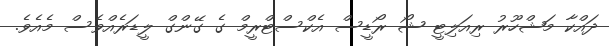
ދައްކާ މަޝްހޫރު ރިއަލިޓީ ޝޯ ރޯޑީސް އެކްސްޓްރީމް ގެ ގޭންގް ލީޑަރެއްވެސް މެއެވެ.